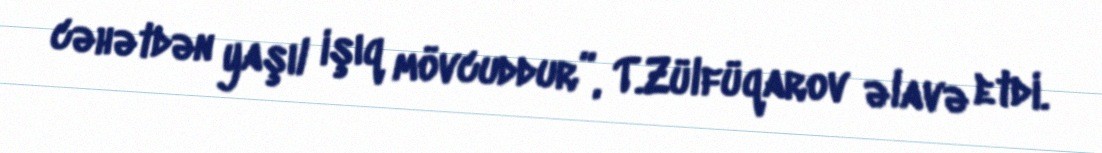
cəhətdən yaşıl işıq mövcuddur”, T.Zülfüqarov əlavə etdi.